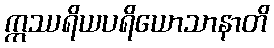
ဣဿရိယပရိယောသာနာတိ